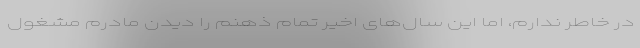
در خاطر ندارم، اما این سال‌های اخیر تمام ذهنم را دیدن مادرم مشغول